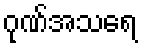
ဂုဏ်အသရေ